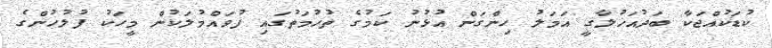
ކުޑަކުއްޖަކާ ބަދުއަޚުލާޤީ އަމަލު ހިންގަން އުޅުނު ކަމުގެ ތުހުމަތުގައި ފުވައްމުލަކުން މީހަކު ފުލުހުންގެ